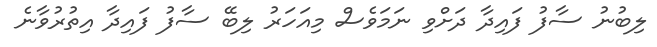
ލިބުނު ސާފު ފައިދާ ދަށްވި ނަމަވެސް މިއަހަރު ލިބޭ ސާފު ފައިދާ އިތުރުވާނެ